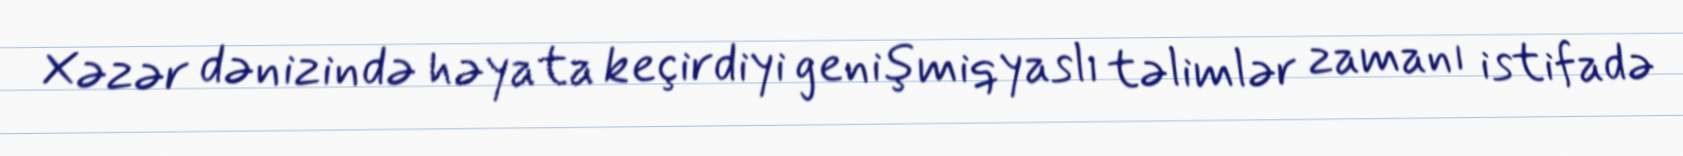
Xəzər dənizində həyata keçirdiyi genişmiqyaslı təlimlər zamanı istifadə